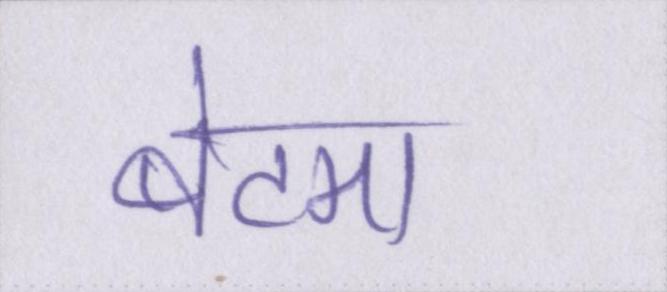
बेटमा